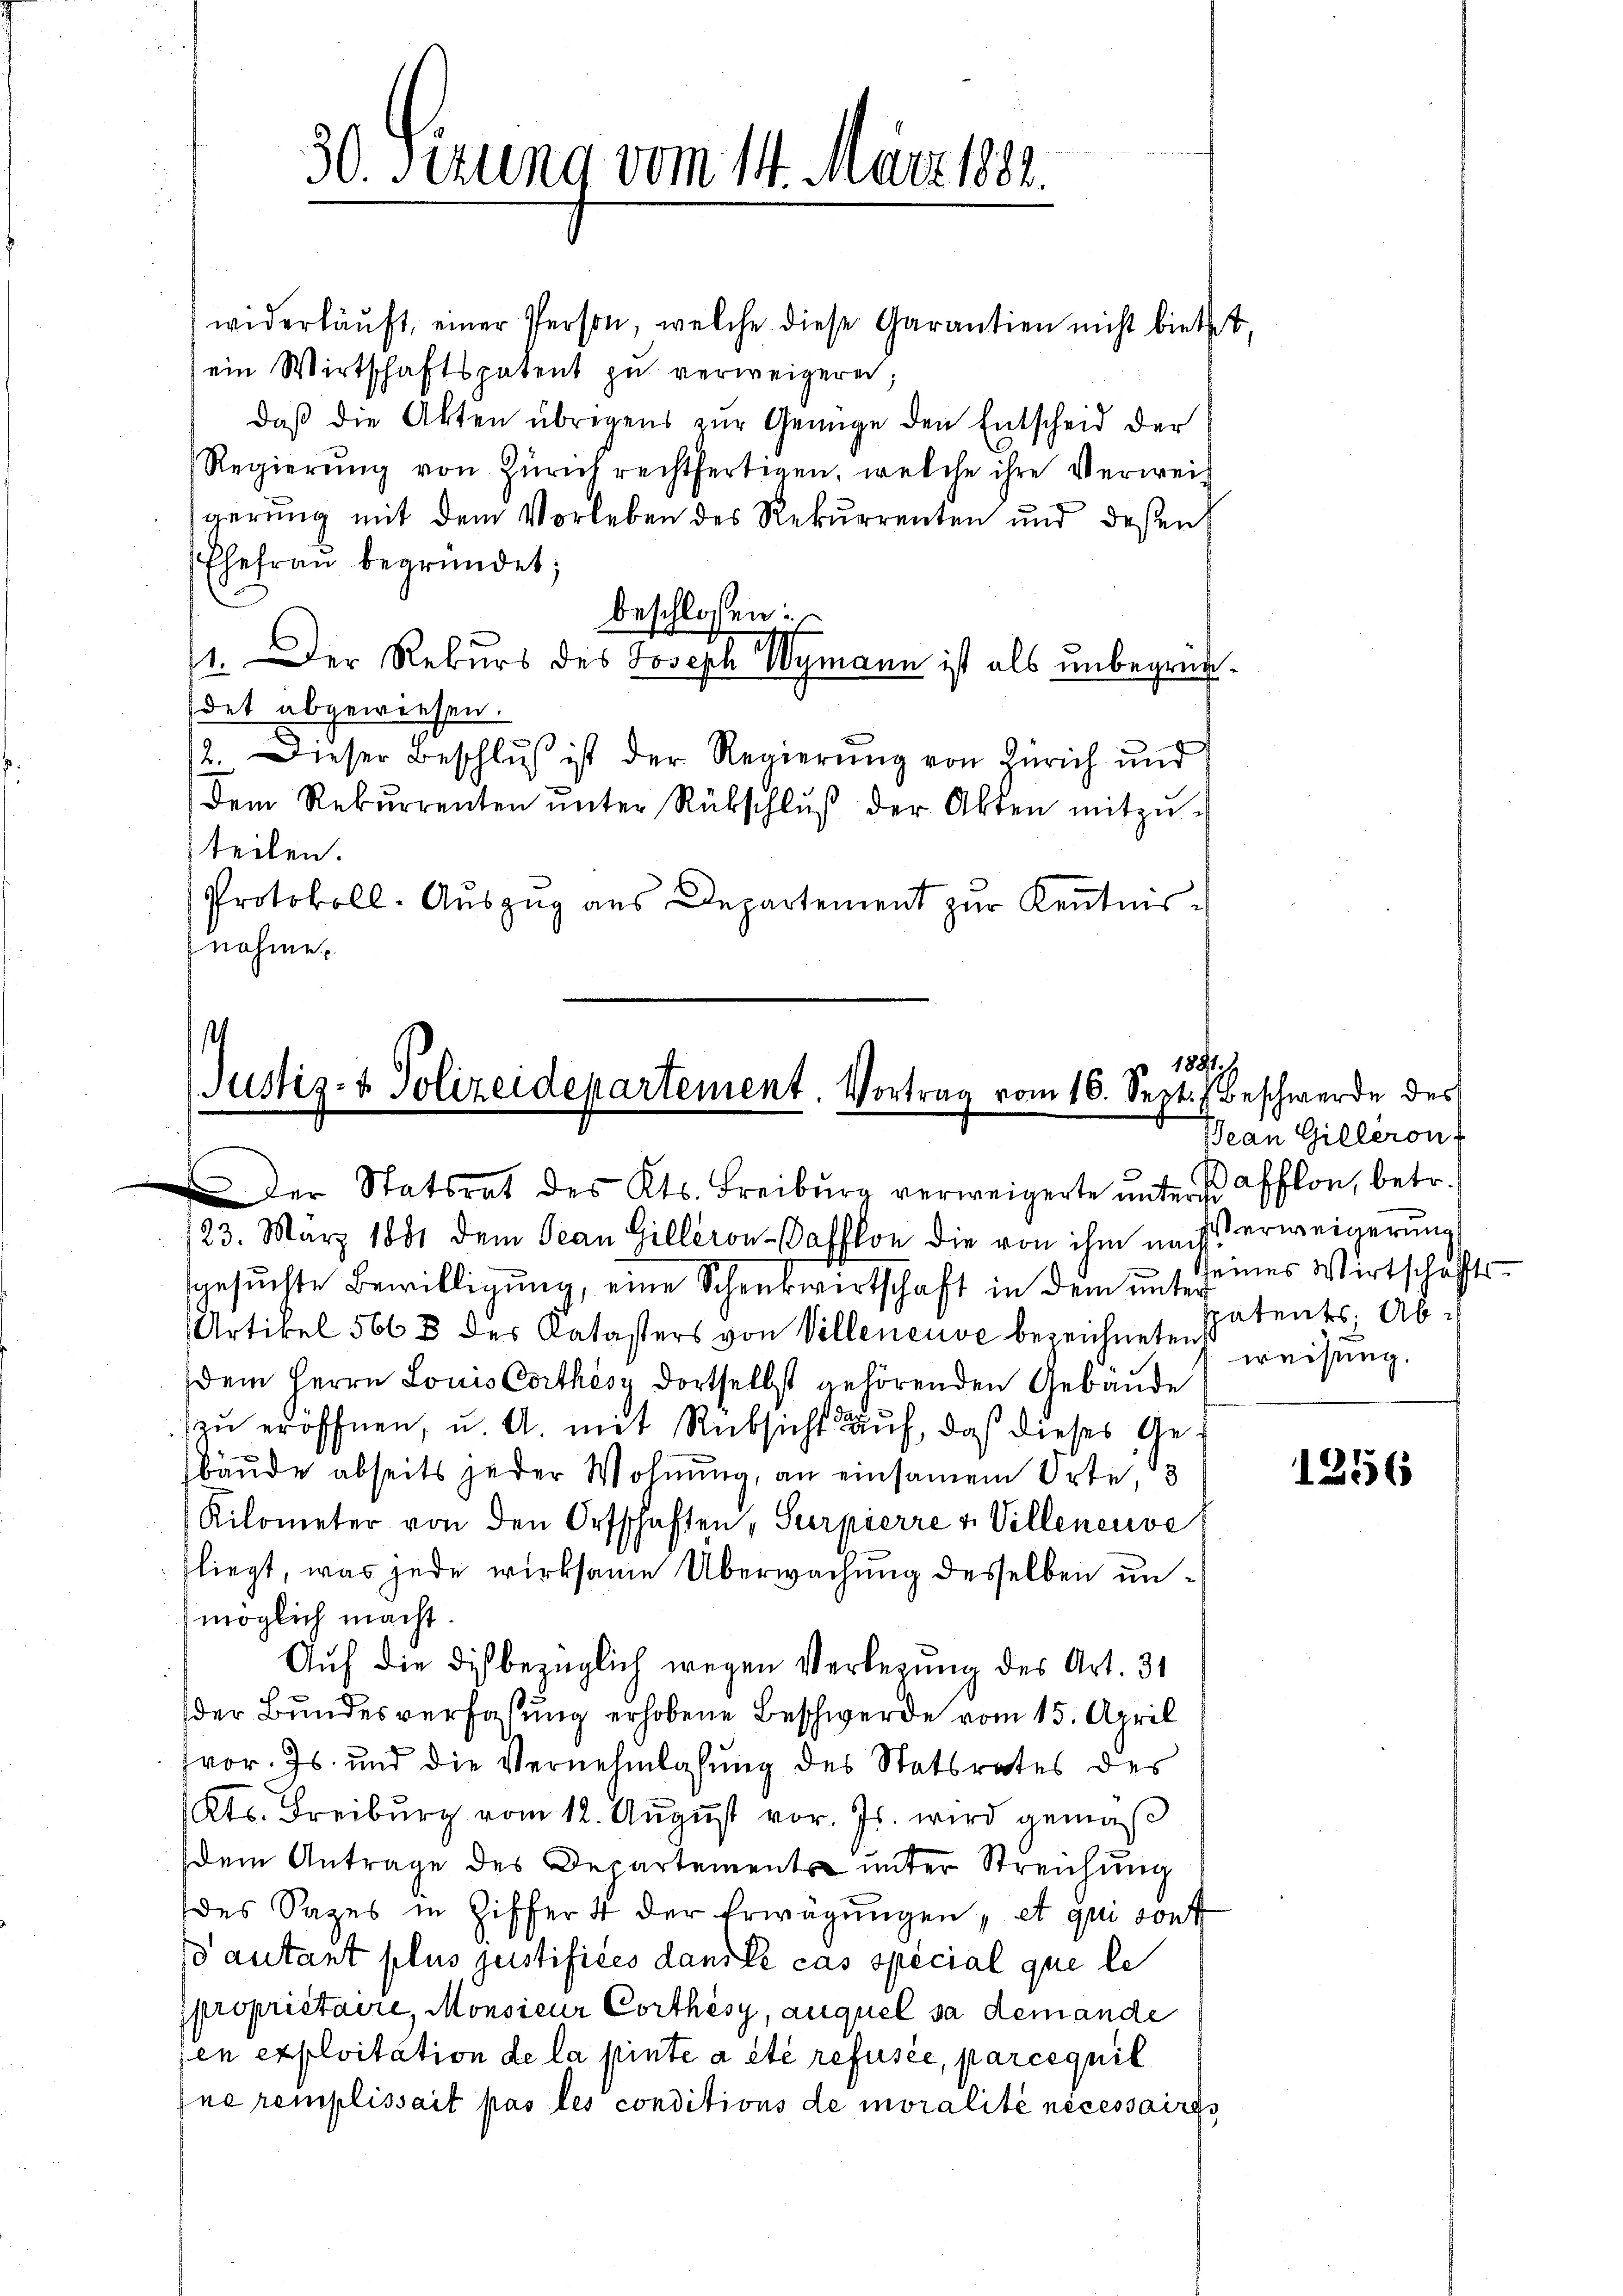
30. Serung vom 14. März 1882.

widerkäŭft, einer Person, welche diese Garantien nicht bietet,
ein Wirtschaftspatent zŭ verweigeren;
daβ die Akten übrigens zŭr Genüge den Entscheid der
Regierŭng von Zürich rechtfertigen, welche ihre Verweis
gerung mit dem Vorleben des Rekurrenten und deßen
Ehefrau begründet;
beschlossen:
/1. Der Rekurs des Joseph Wymann ist als unbegründet abgewiesen.
12. Dieser Beschluß ist der Regierung von Zürich und
Dem Rekŭrrenten ŭnter Rückschlŭβ der Akten mitzŭ-
teilen.
Protokoll. Auszug aus Departement zur Kenntnisnahme

1881.
Justiz- & Polizeidepartement. Vortrag vom 16. Sept. Beschwerde des
der Statsrat des Kts. Freiburg verweigerte ŭnteres afflon, betr.

123. März 1881 dem Jean Gilleron-afflon die von ihm nach erweigerung
gesuchte Bewilligung, eine Schenkwirtschaft in dem unscheines Wirtschafts¬
Artikel 566 3 des Katasters von Villeneuve bezeichneten
dem Herrn Louis Corthes dortselbst gehörenden Gebäude
zu eröffnen, u. A. mit Rüksicht auf, daß dieses Gebäude abseits jeder Wohnung, an einsamen Orte,
Rilometer von den Ortschaften, Surpierre & Villeneuve
liegt, was jede wirksame Überwachung desselben unmöglich macht.
Auf die dis bezüglich wegen Verlesung des Art. 31
der Bundesverfassung erhobene Beschwerde vom 15. April
vor. Js. und die Vernehmlasung des Statsrates des
Kts. Freiburg vom 12. August vor. Js. wird gemäß
dem Antrage des Departement unter Streichung
des Sages in Ziffer 4 der Erwägŭngen, et qui sont
so autant plus justifices dans le cas spécial que le
propriétaire, Monsieur Corthèsy, auquel sa demande
en exploitation de la pinte a été refusée, parcequil
Ine remplissait pas les conditions de moralité necessaires

Jean Gilleront
patents. Ab
weisung.

1256